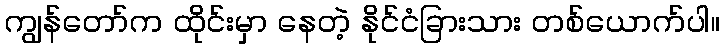
ကျွန်တော်က ထိုင်းမှာ နေတဲ့ နိုင်ငံခြားသား တစ်ယောက်ပါ။